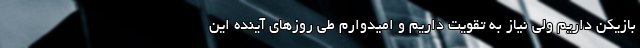
بازیکن داریم ولی نیاز به تقویت داریم و امیدوارم طی روزهای آینده این